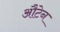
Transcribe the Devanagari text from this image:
औटेन